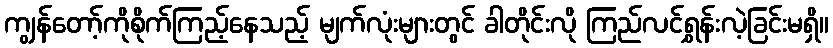
ကျွန်တော့်ကိုစိုက်ကြည့်နေသည့် မျက်လုံးများတွင် ခါတိုင်းလို ကြည်လင်ရွှန်းလဲ့ခြင်းမရှိ။